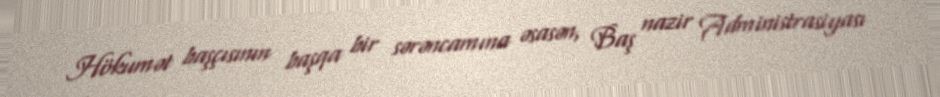
Hökumət başçısının başqa bir sərəncamına əsasən, Baş nazir Administrasiyası